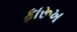
ફારૂખ